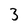
Character: 3